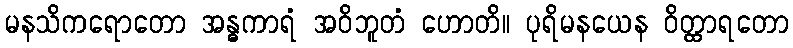
မနသိကရောတော အန္ဓကာရံ အဝိဘူတံ ဟောတိ။ ပုရိမနယေန ဝိတ္ထာရတော